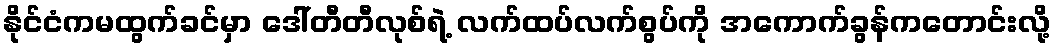
နိုင်ငံကမထွက်ခင်မှာ ဒေါ်တီတီလုစ်ရဲ့ လက်ထပ်လက်စွပ်ကို အကောက်ခွန်ကတောင်းလို့